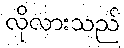
လိုလားသည်